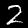
Digit: 2